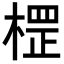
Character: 𣗵